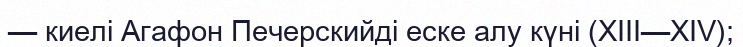
— киелі Агафон Печерскийді еске алу күні (XIII—XIV);